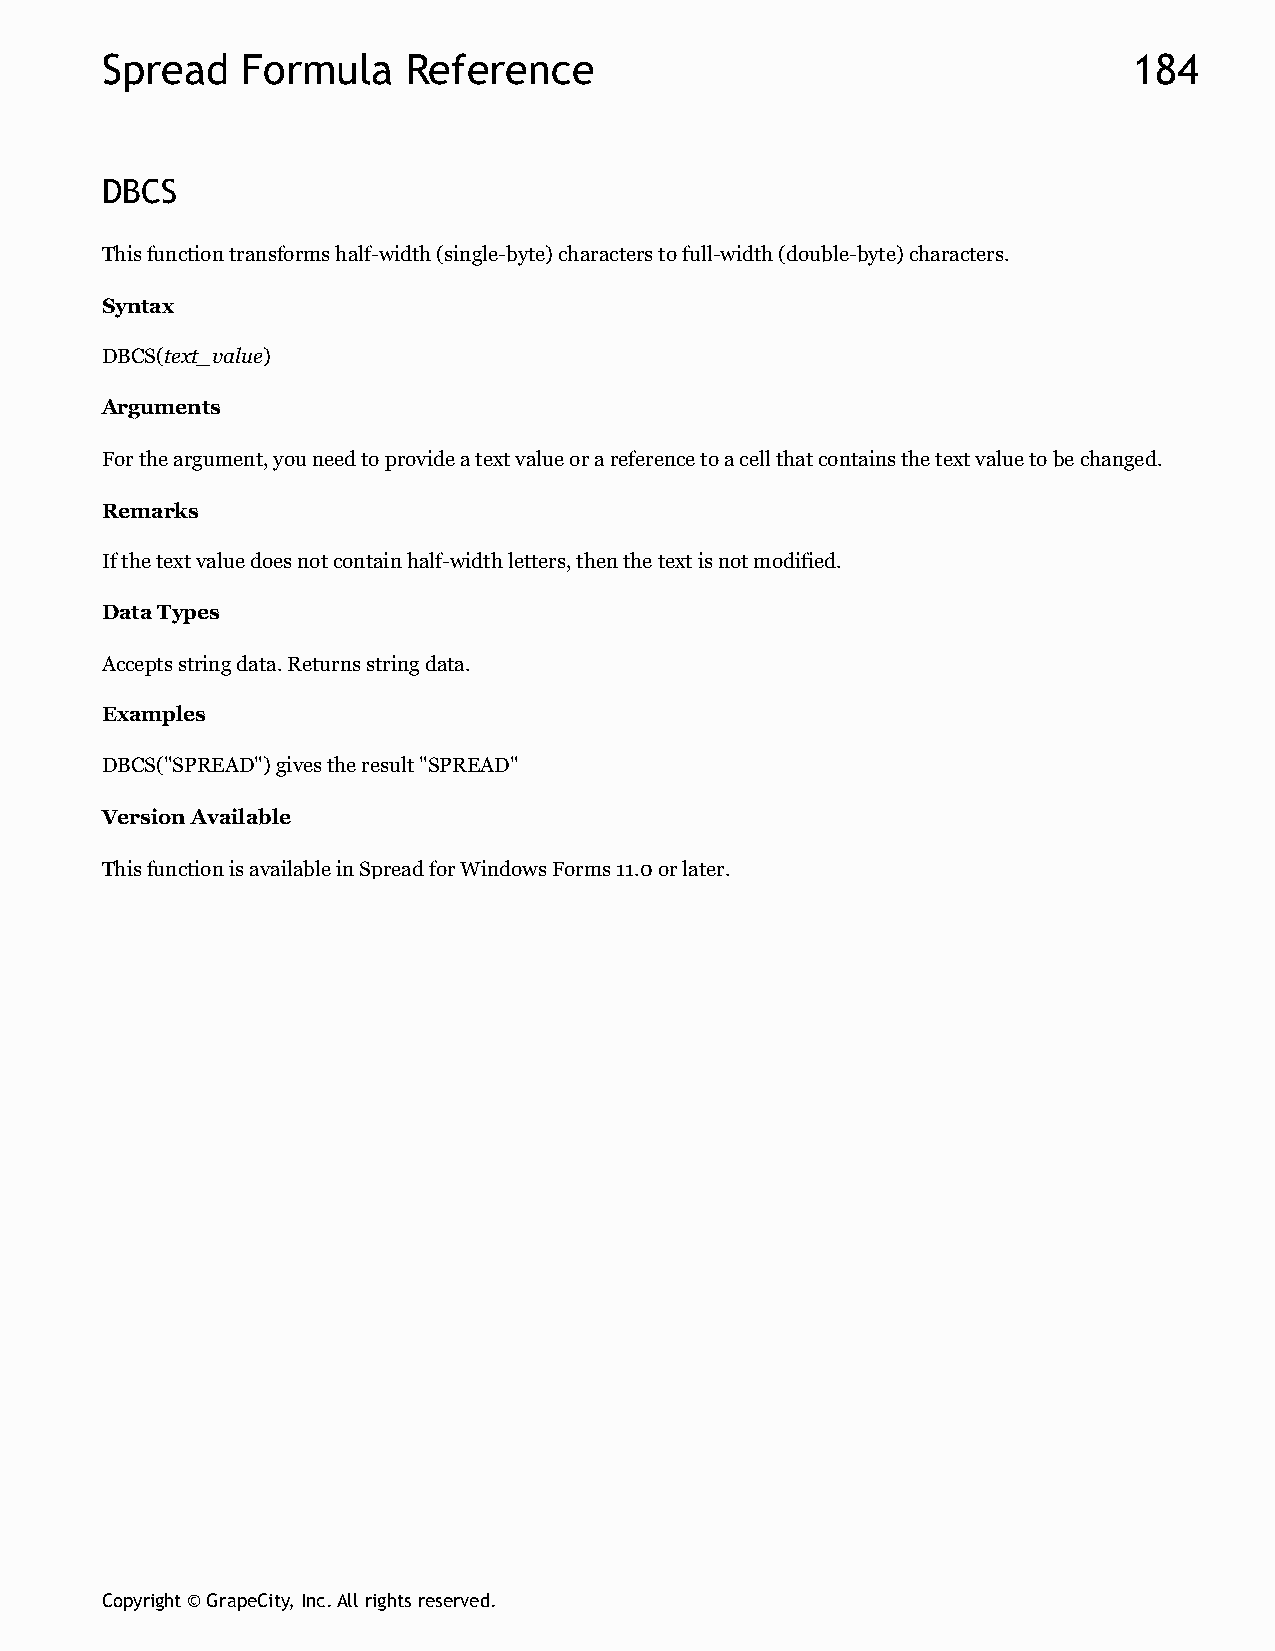
Spread   Formula    Reference                                       184
 DBCS
 This function transforms half-width (single-byte) characters to full-width (double-byte) characters.
 Syntax
 DBCS(text_value)
 Arguments
 For the argument, you need to provide a text value or a reference to a cell that contains the text value to be changed.
 Remarks
 If the text value does not contain half-width letters, then the text is not modified.
 Data Types
 Accepts string data. Returns string data.
 Examples
 DBCS("SPREAD") gives the result "SPREAD"
 Version Available
 This function is available in Spread for Windows Forms 11.0 or later.
 Copyright © GrapeCity, Inc. All rights reserved.